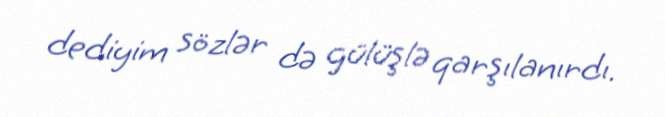
dediyim sözlər də gülüşlə qarşılanırdı.